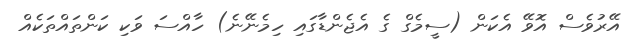
އޭރުވެސް އޮވޭ އެކަން (ސީމެގް ގެ އެޖެންޑާގައި ހިމެނޭނެ) ހާއްސަ ވަކި ކަންތައްތަކެއް